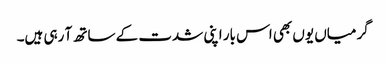
گرمیاں یوں بھی اس بار اپنی شدت کے ساتھ آ رہی ہیں۔